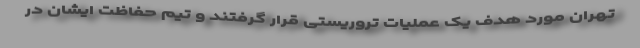
تهران مورد هدف یک عملیات تروریستی قرار گرفتند و تیم حفاظت ایشان در